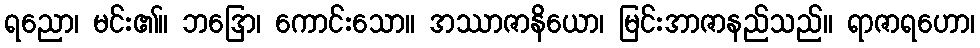
ရညော၊ မင်း၏။ ဘဒြော၊ ကောင်းသော။ အဿာဇာနိယော၊ မြင်းအာဇာနည်သည်။ ရာဇာရဟော၊